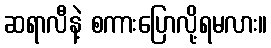
ဆရာလီနဲ့ စကားပြောလို့ရမလား။